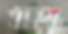
তাহা